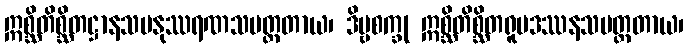
ဣစ္ဆိတိစ္ဆိတဋ္ဌာနသမနုဿရဏသမတ္ထတာယ၊ ဒိဗ္ဗစက္ခု ဣစ္ဆိတိစ္ဆိတရူပဒဿနသမတ္ထတာယ၊